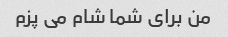
من برای شما شام می پزم